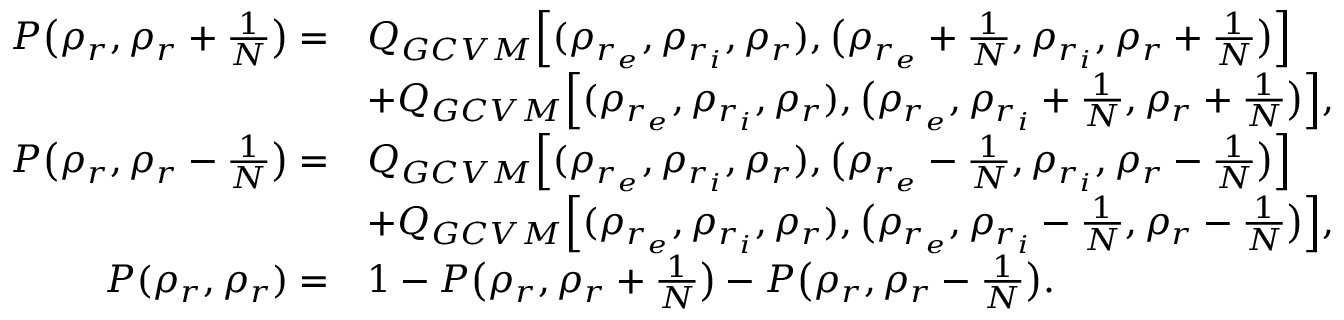
\begin{array} { r l } { P \big ( \rho _ { r } , \rho _ { r } + \frac { 1 } { N } \big ) = } & { Q _ { G C V M } \Big [ ( \rho _ { r _ { e } } , \rho _ { r _ { i } } , \rho _ { r } ) , \big ( \rho _ { r _ { e } } + \frac { 1 } { N } , \rho _ { r _ { i } } , \rho _ { r } + \frac { 1 } { N } \big ) \Big ] } \\ & { + Q _ { G C V M } \Big [ ( \rho _ { r _ { e } } , \rho _ { r _ { i } } , \rho _ { r } ) , \big ( \rho _ { r _ { e } } , \rho _ { r _ { i } } + \frac { 1 } { N } , \rho _ { r } + \frac { 1 } { N } \big ) \Big ] , } \\ { P \big ( \rho _ { r } , \rho _ { r } - \frac { 1 } { N } \big ) = } & { Q _ { G C V M } \Big [ ( \rho _ { r _ { e } } , \rho _ { r _ { i } } , \rho _ { r } ) , \big ( \rho _ { r _ { e } } - \frac { 1 } { N } , \rho _ { r _ { i } } , \rho _ { r } - \frac { 1 } { N } \big ) \Big ] } \\ & { + Q _ { G C V M } \Big [ ( \rho _ { r _ { e } } , \rho _ { r _ { i } } , \rho _ { r } ) , \big ( \rho _ { r _ { e } } , \rho _ { r _ { i } } - \frac { 1 } { N } , \rho _ { r } - \frac { 1 } { N } \big ) \Big ] , } \\ { P ( \rho _ { r } , \rho _ { r } ) = } & { 1 - P \big ( \rho _ { r } , \rho _ { r } + \frac { 1 } { N } \big ) - P \big ( \rho _ { r } , \rho _ { r } - \frac { 1 } { N } \big ) . } \end{array}